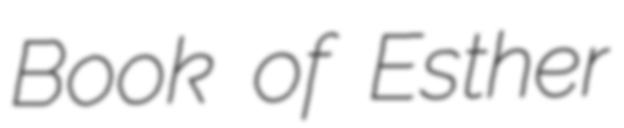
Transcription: Book of Esther